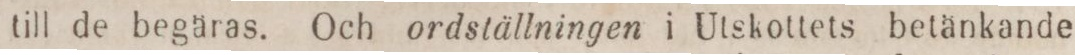
till de begäras. Och ordställningen i Utskottets betänkande